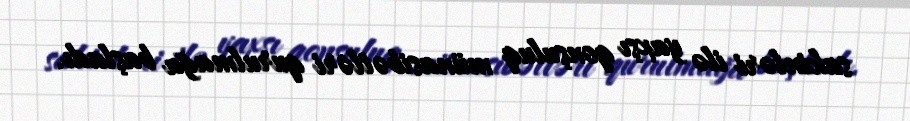
sakinləri ilə yaxşı qonşuluq münasibətləri qurulmağa başladı.